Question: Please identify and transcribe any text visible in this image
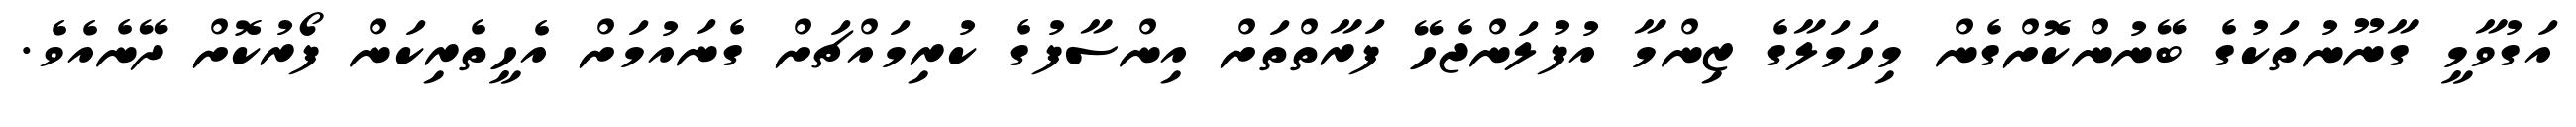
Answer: އަގުވާމީ ގާނޫނުތަކުގެ ބޭނުންކޮށްގެން މިހަމަލާގެ ޒިންމާ އުފުލަންޖެހޭ ފަރާތްތަށް އިންސާފުގެ ކުރިމައްޗަށް ގެނައުމަށް އެހީތެރިކަން ފޯރުކޮށް ދޭނެއެވެ.